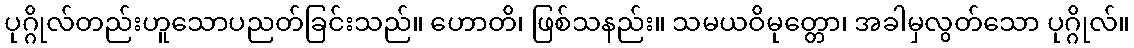
ပုဂ္ဂိုလ်တည်းဟူသောပညတ်ခြင်းသည်။ ဟောတိ၊ ဖြစ်သနည်း။ သမယဝိမုတ္တော၊ အခါမှလွတ်သော ပုဂ္ဂိုလ်။